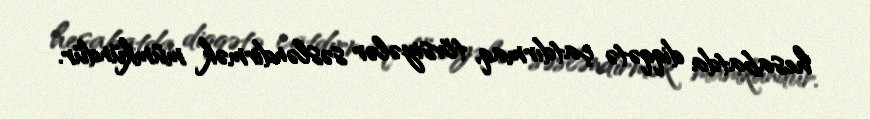
hesabatda diqqətə çatdırmaq, tövsiyələr səsləndirmək mümkündür.